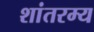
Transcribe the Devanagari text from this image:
शांतरम्य